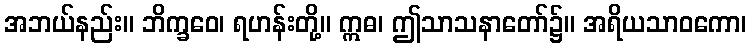
အဘယ်နည်း။ ဘိက္ခဝေ၊ ရဟန်းတို့။ ဣဓ၊ ဤသာသနာတော်၌။ အရိယသာဝကော၊